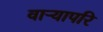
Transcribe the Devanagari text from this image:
वाऱ्यापरि